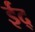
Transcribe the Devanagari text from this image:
ईद्